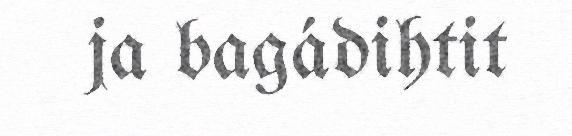
ja bagádihtit